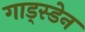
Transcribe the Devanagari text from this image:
गाड्स्डेन